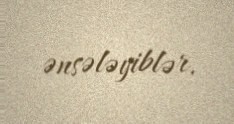
ənsələyiblər.